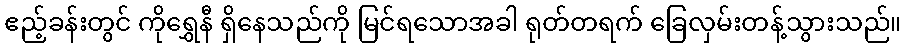
ဧည့်ခန်းတွင် ကိုရွှေနီ ရှိနေသည်ကို မြင်ရသောအခါ ရုတ်တရက် ခြေလှမ်းတန့်သွားသည်။